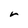
Character: r